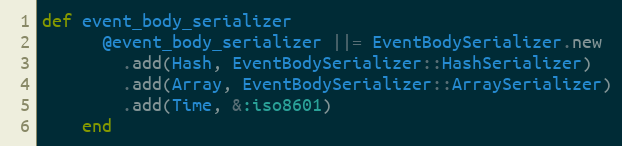
Language: Ruby
def event_body_serializer
      @event_body_serializer ||= EventBodySerializer.new
        .add(Hash, EventBodySerializer::HashSerializer)
        .add(Array, EventBodySerializer::ArraySerializer)
        .add(Time, &:iso8601)
    end